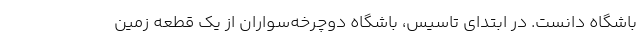
باشگاه دانست. در ابتدای تاسیس، باشگاه دوچرخه‌سواران از یک قطعه زمین